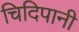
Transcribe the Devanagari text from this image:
चिदिपानी